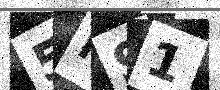
Text: 5FS1